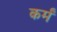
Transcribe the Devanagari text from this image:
कर्मं